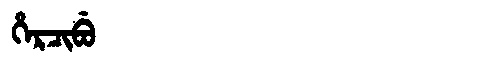
Manchu: ᡥᡝᡵᠴᡳᠪᡠ
Romanization: HERCIBU